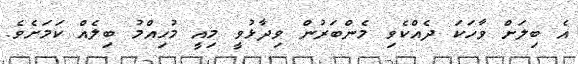
އެ ބިލަށް ވާހަކަ ދެއްކެވި މެންބަރުން ވިދާޅުވީ މިއީ މުހިއްމު ބިލެއް ކަމަށެވެ.